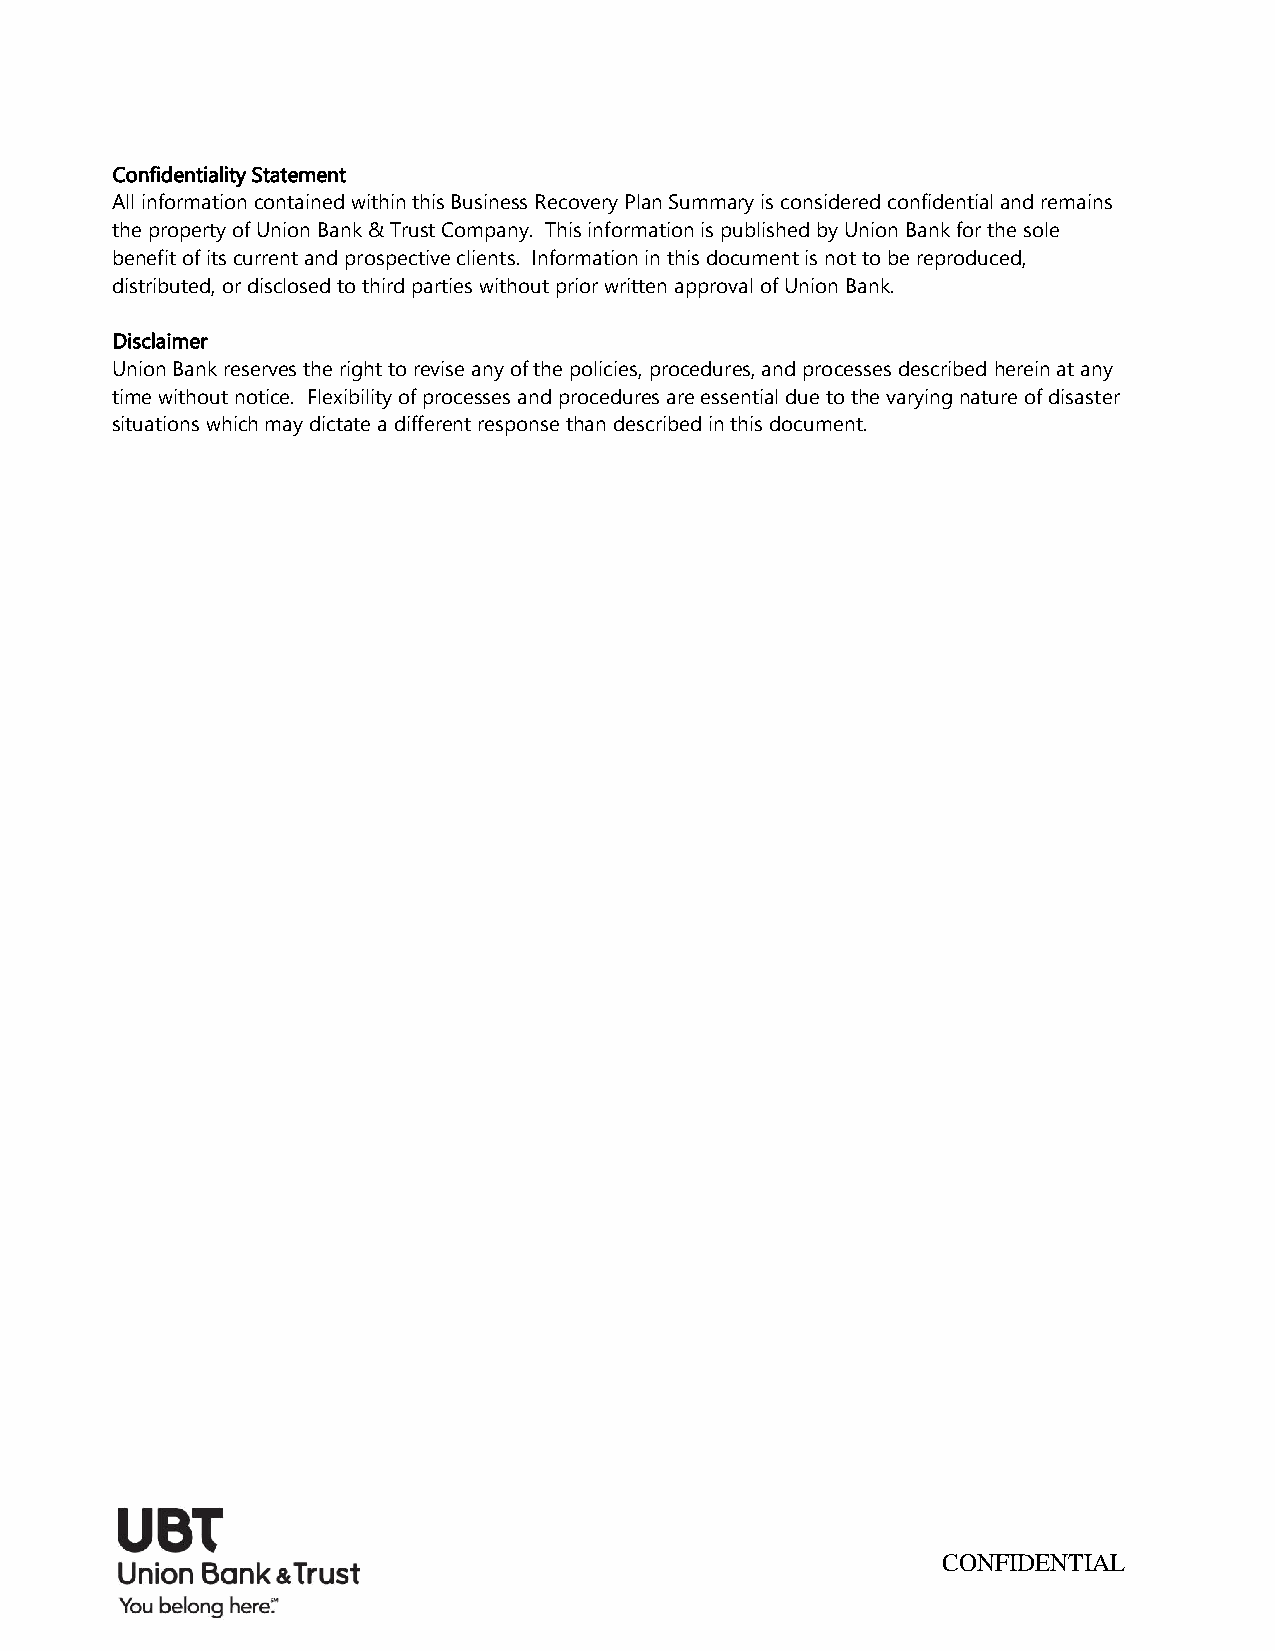
Confidentiality Statement
 All information contained within this Business Recovery Plan Summary is considered confidential and remains
 the property of Union Bank & Trust Company. This information is published by Union Bank for the sole
 benefit of its current and prospective clients. Information in this document is not to be reproduced,
 distributed, or disclosed to third parties without prior written approval of Union Bank.
 Disclaimer
 Union Bank reserves the right to revise any of the policies, procedures, and processes described herein at any
 time without notice. Flexibility of processes and procedures are essential due to the varying nature of disaster
 situations which may dictate a different response than described in this document.
 CONFIDENTIAL